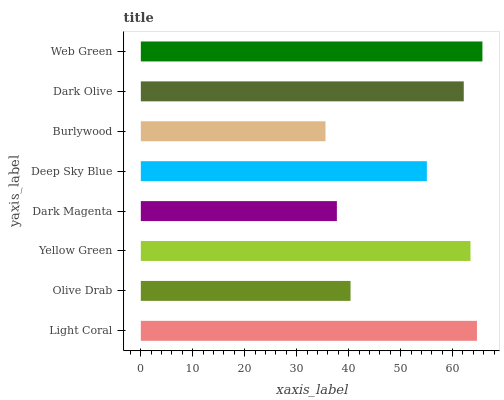
| yaxis_label | bars |
 | --- | --- |
 | Light Coral | 64.7 |
 | Olive Drab | 40.4 |
 | Yellow Green | 63.4 |
 | Dark Magenta | 37.7 |
 | Deep Sky Blue | 55.1 |
 | Burlywood | 35.5 |
 | Dark Olive | 62.2 |
 | Web Green | 65.7 |